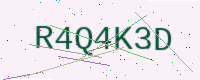
Text: R4Q4K3D